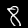
Digit: 8